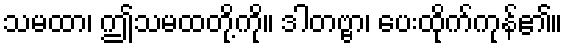
သမထာ၊ ဤသမထတို့ကို။ ဒါတဗ္ဗာ၊ ပေးထိုက်ကုန်၏။